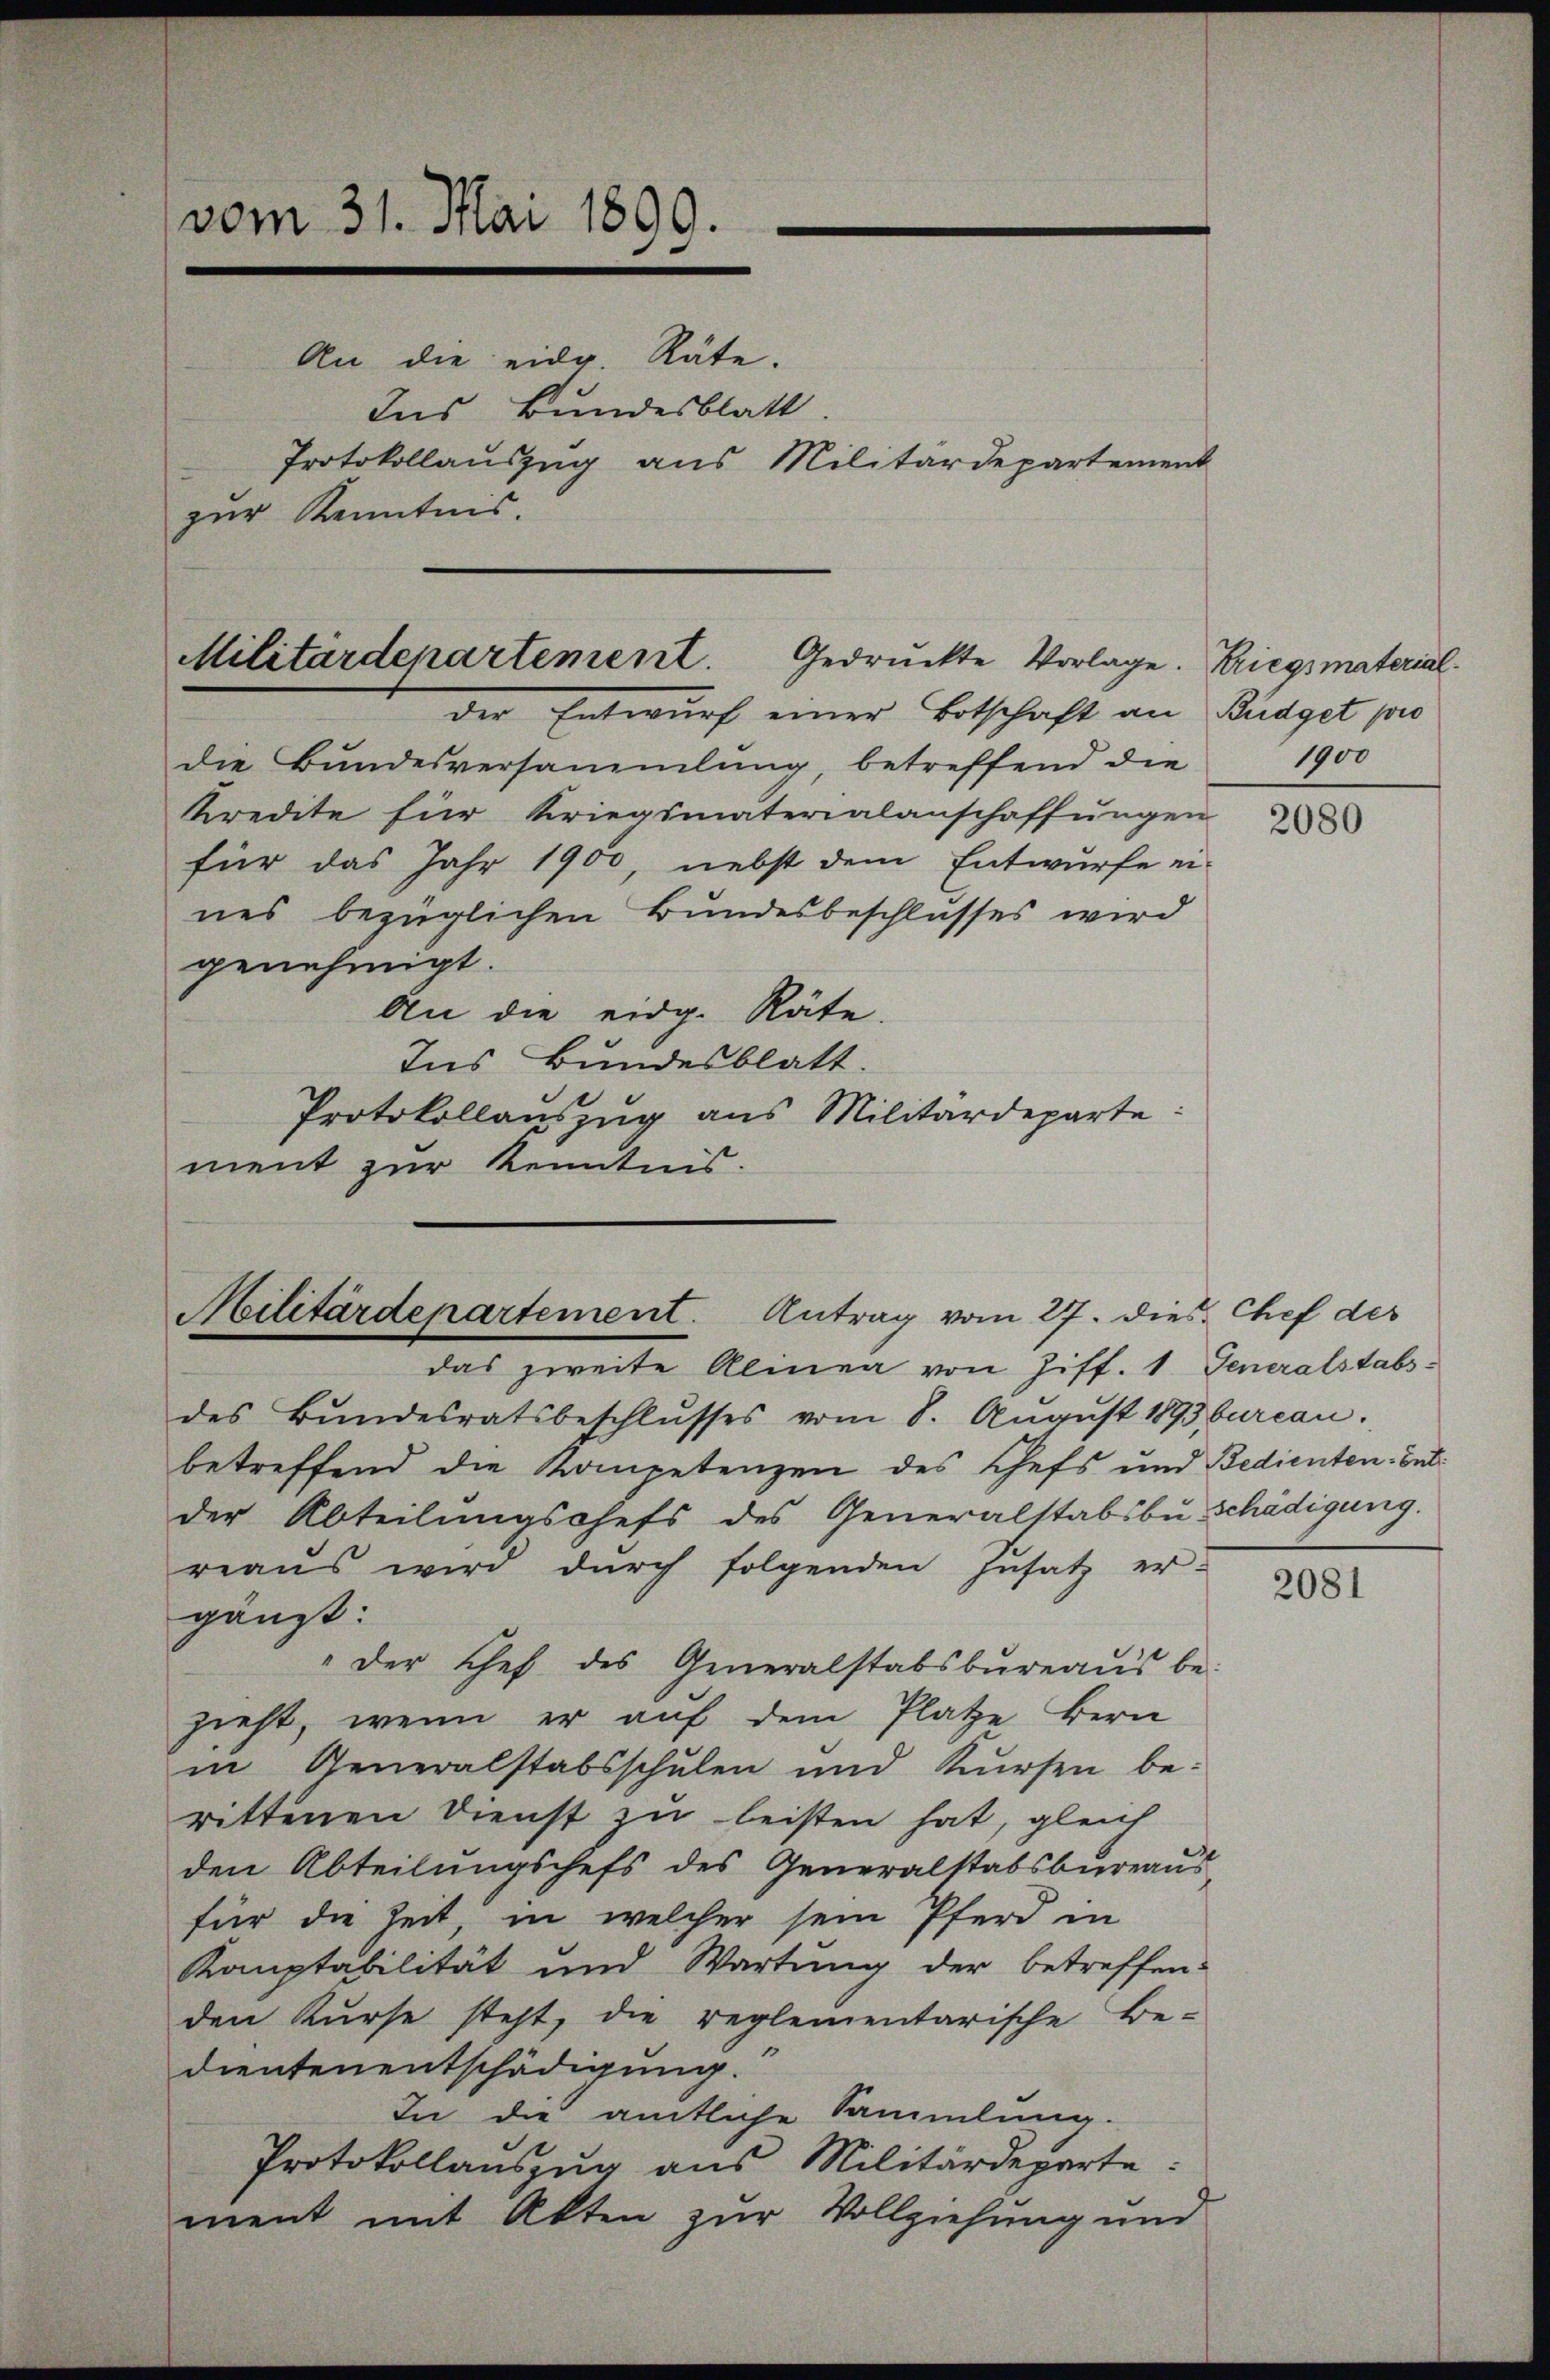
vom 31. Mai 1899.
An die eidg. Räte.
Ins Bundesblatt
Protokollauszug aus Militärdepartement
zur Kenntnis.

die Bundesversammlung, betreffend die
Kredite für Kriegsmaterialanschaffungen
für das Jahr 1900, nebst dem Entwurfe ei-
nes bezüglichen Bundesbeschlusses wird
genehmigt.
An die eidg. Räte.
Ins Bundesblatt.
Protokollauszug aus Militärdeparte
ment zur Kenntnis.

Militärdepartement. Gedruckte Vorlage. Kriegsmaterialder Entwurf einer Botschaft an Büdget pro

Militärdepartement. Antrag vom 27. dies Chef der
das zweite Almen von Ziff. 1. Generalstabs-

des Bŭndesratsbeschlŭsses vom 8. Aŭgŭst 1893 bureau.
betreffend die Kompetenzen des Chefs und Bedienten-Ent
der Abteilungschefs des Generalstabsbu schädigung.
reaŭs wird dŭrch folgenden Zusatz er-
gänzt:
" der Chef des Generalstabsbŭreaŭs be-
zieht, wenn er auf dem Platze Bern
in Generalstabsschulen und Kursen be-
rittenen Dienst zu leisten hat, gleich
den Abteilungschefs des Generalstabsbureaus
für die Zeit, in welcher sein Pferd in
Kauptabilität und Wartung der betreffen-
den Kurse steht, die reglementarische Be-
dientenentschädigung.
In die amtliche Sammlung.
Protokollauszug aus Militärdeparte:
ment mit Akten zur Vollziehung und

1900

2080

2081